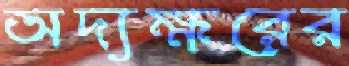
অদ্যক্ষরের